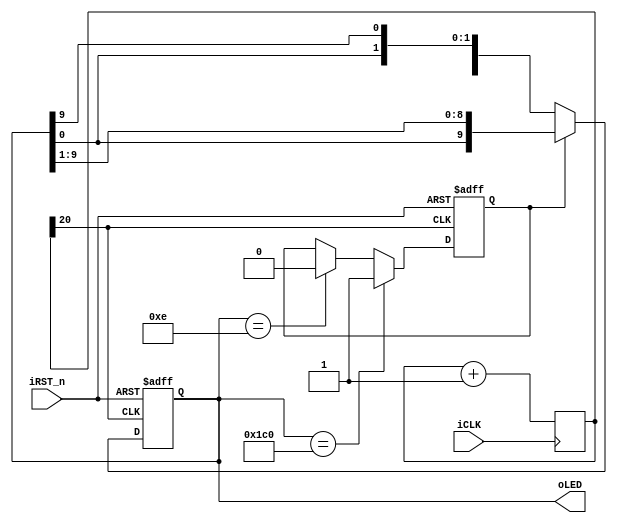
module LEDG_Driver( oLED, iCLK, iRST_n );
output	[ 9: 0 ] oLED;
input	iCLK;
input	iRST_n;

reg	[ 20: 0 ] Cont;
reg	[ 9: 0 ] mLED;
reg	DIR;

always@( posedge iCLK ) Cont	<= Cont + 1'b1;

always@( posedge Cont[ 20 ] or negedge iRST_n ) begin
    if ( !iRST_n ) begin
        mLED	<= 10'b0000000111;
        DIR	<= 0;
    end
    else begin
        if ( !DIR ) begin
            mLED	<= { mLED[ 8: 0 ], mLED[ 9 ] };
        end
        else begin
            mLED	<= { mLED[ 0 ], mLED[ 9: 1 ] };
        end
        if ( mLED == 10'b0111000000 ) begin
            DIR	<= 1;
        end
        else if ( mLED == 10'b0000001110 ) begin
            DIR	<= 0;
        end
    end
end

assign	oLED	= mLED;

endmodule